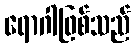
ရောဂါဖြစ်သည်